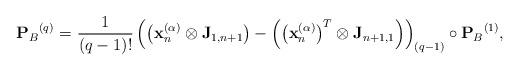
LaTeX: \begin{align*}{{\mathbf{P}}_B}^{(q)} = {\mkern 1mu} \frac{1}{{(q - 1)!}}\left( {\left( {{\mathbf{x}}_n^{(\alpha )} \otimes {{\mathbf{J}}_{1,n + 1}}} \right) - \left( {{{\left( {{\mathbf{x}}_n^{(\alpha )}} \right)}^T} \otimes {{\mathbf{J}}_{n + 1,1}}} \right)} \right)_{(q-1)} \circ {{\mathbf{P}}_B}^{(1)},\end{align*}